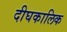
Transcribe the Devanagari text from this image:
दीघकालिक